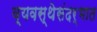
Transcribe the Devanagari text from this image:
व्यवस्थेसंदर्भात